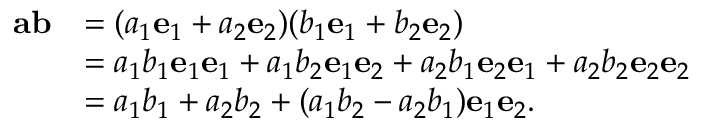
{ \begin{array} { r l } { \mathbf { a } \mathbf { b } } & { = ( a _ { 1 } \mathbf { e } _ { 1 } + a _ { 2 } \mathbf { e } _ { 2 } ) ( b _ { 1 } \mathbf { e } _ { 1 } + b _ { 2 } \mathbf { e } _ { 2 } ) } \\ & { = a _ { 1 } b _ { 1 } \mathbf { e } _ { 1 } \mathbf { e } _ { 1 } + a _ { 1 } b _ { 2 } \mathbf { e } _ { 1 } \mathbf { e } _ { 2 } + a _ { 2 } b _ { 1 } \mathbf { e } _ { 2 } \mathbf { e } _ { 1 } + a _ { 2 } b _ { 2 } \mathbf { e } _ { 2 } \mathbf { e } _ { 2 } } \\ & { = a _ { 1 } b _ { 1 } + a _ { 2 } b _ { 2 } + ( a _ { 1 } b _ { 2 } - a _ { 2 } b _ { 1 } ) \mathbf { e } _ { 1 } \mathbf { e } _ { 2 } . } \end{array} }